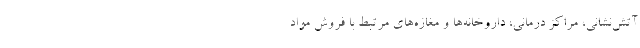
آتش‌نشانی، مراکز درمانی، داروخانه‌ها و مغازه‌های مرتبط با فروش مواد